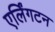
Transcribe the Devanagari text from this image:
एर्लिंगटन